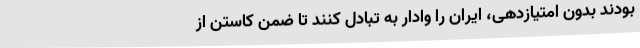
بودند بدون امتیازدهی، ایران را وادار به تبادل کنند تا ضمن کاستن از